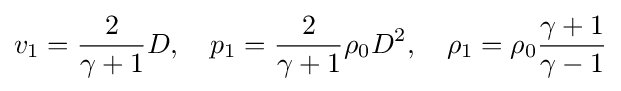
v_{1}={\frac {2}{\gamma +1}}D,\quad p_{1}={\frac {2}{\gamma +1}}\rho _{0}D^{2},\quad \rho _{1}=\rho _{0}{\frac {\gamma +1}{\gamma -1}}